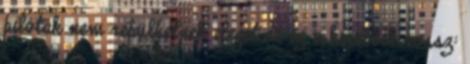
pilóták nem repülhetnek eleget de ez a kisebbik rossz: